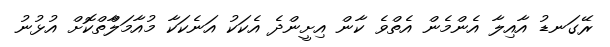
ރޭގަނޑު އާއިލާ އެންމެން އެތްވެ ކާން އިށީންދެ އެކަކު އަނެކަކާ މުއާމަލާްތްކޮށް އުޅުނު